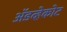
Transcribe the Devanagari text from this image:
ॲडव्हेकोट